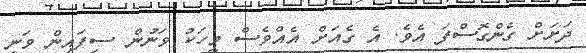
ދަށަށް ގެންގޮސްފަ އެވެ. އެ ގެއަށް އެއްވެސް މީހަކު ވަނުން ސިފައިން ވަނީ